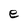
Character: e